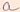
Text: a